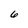
Character: 6